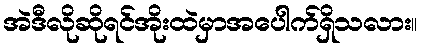
အဲဒီလိုဆိုရင်အိုးထဲမှာအပေါက်ရှိသလား။